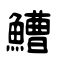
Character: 鰽